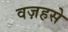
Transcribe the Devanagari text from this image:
वज़हसे